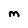
Character: M